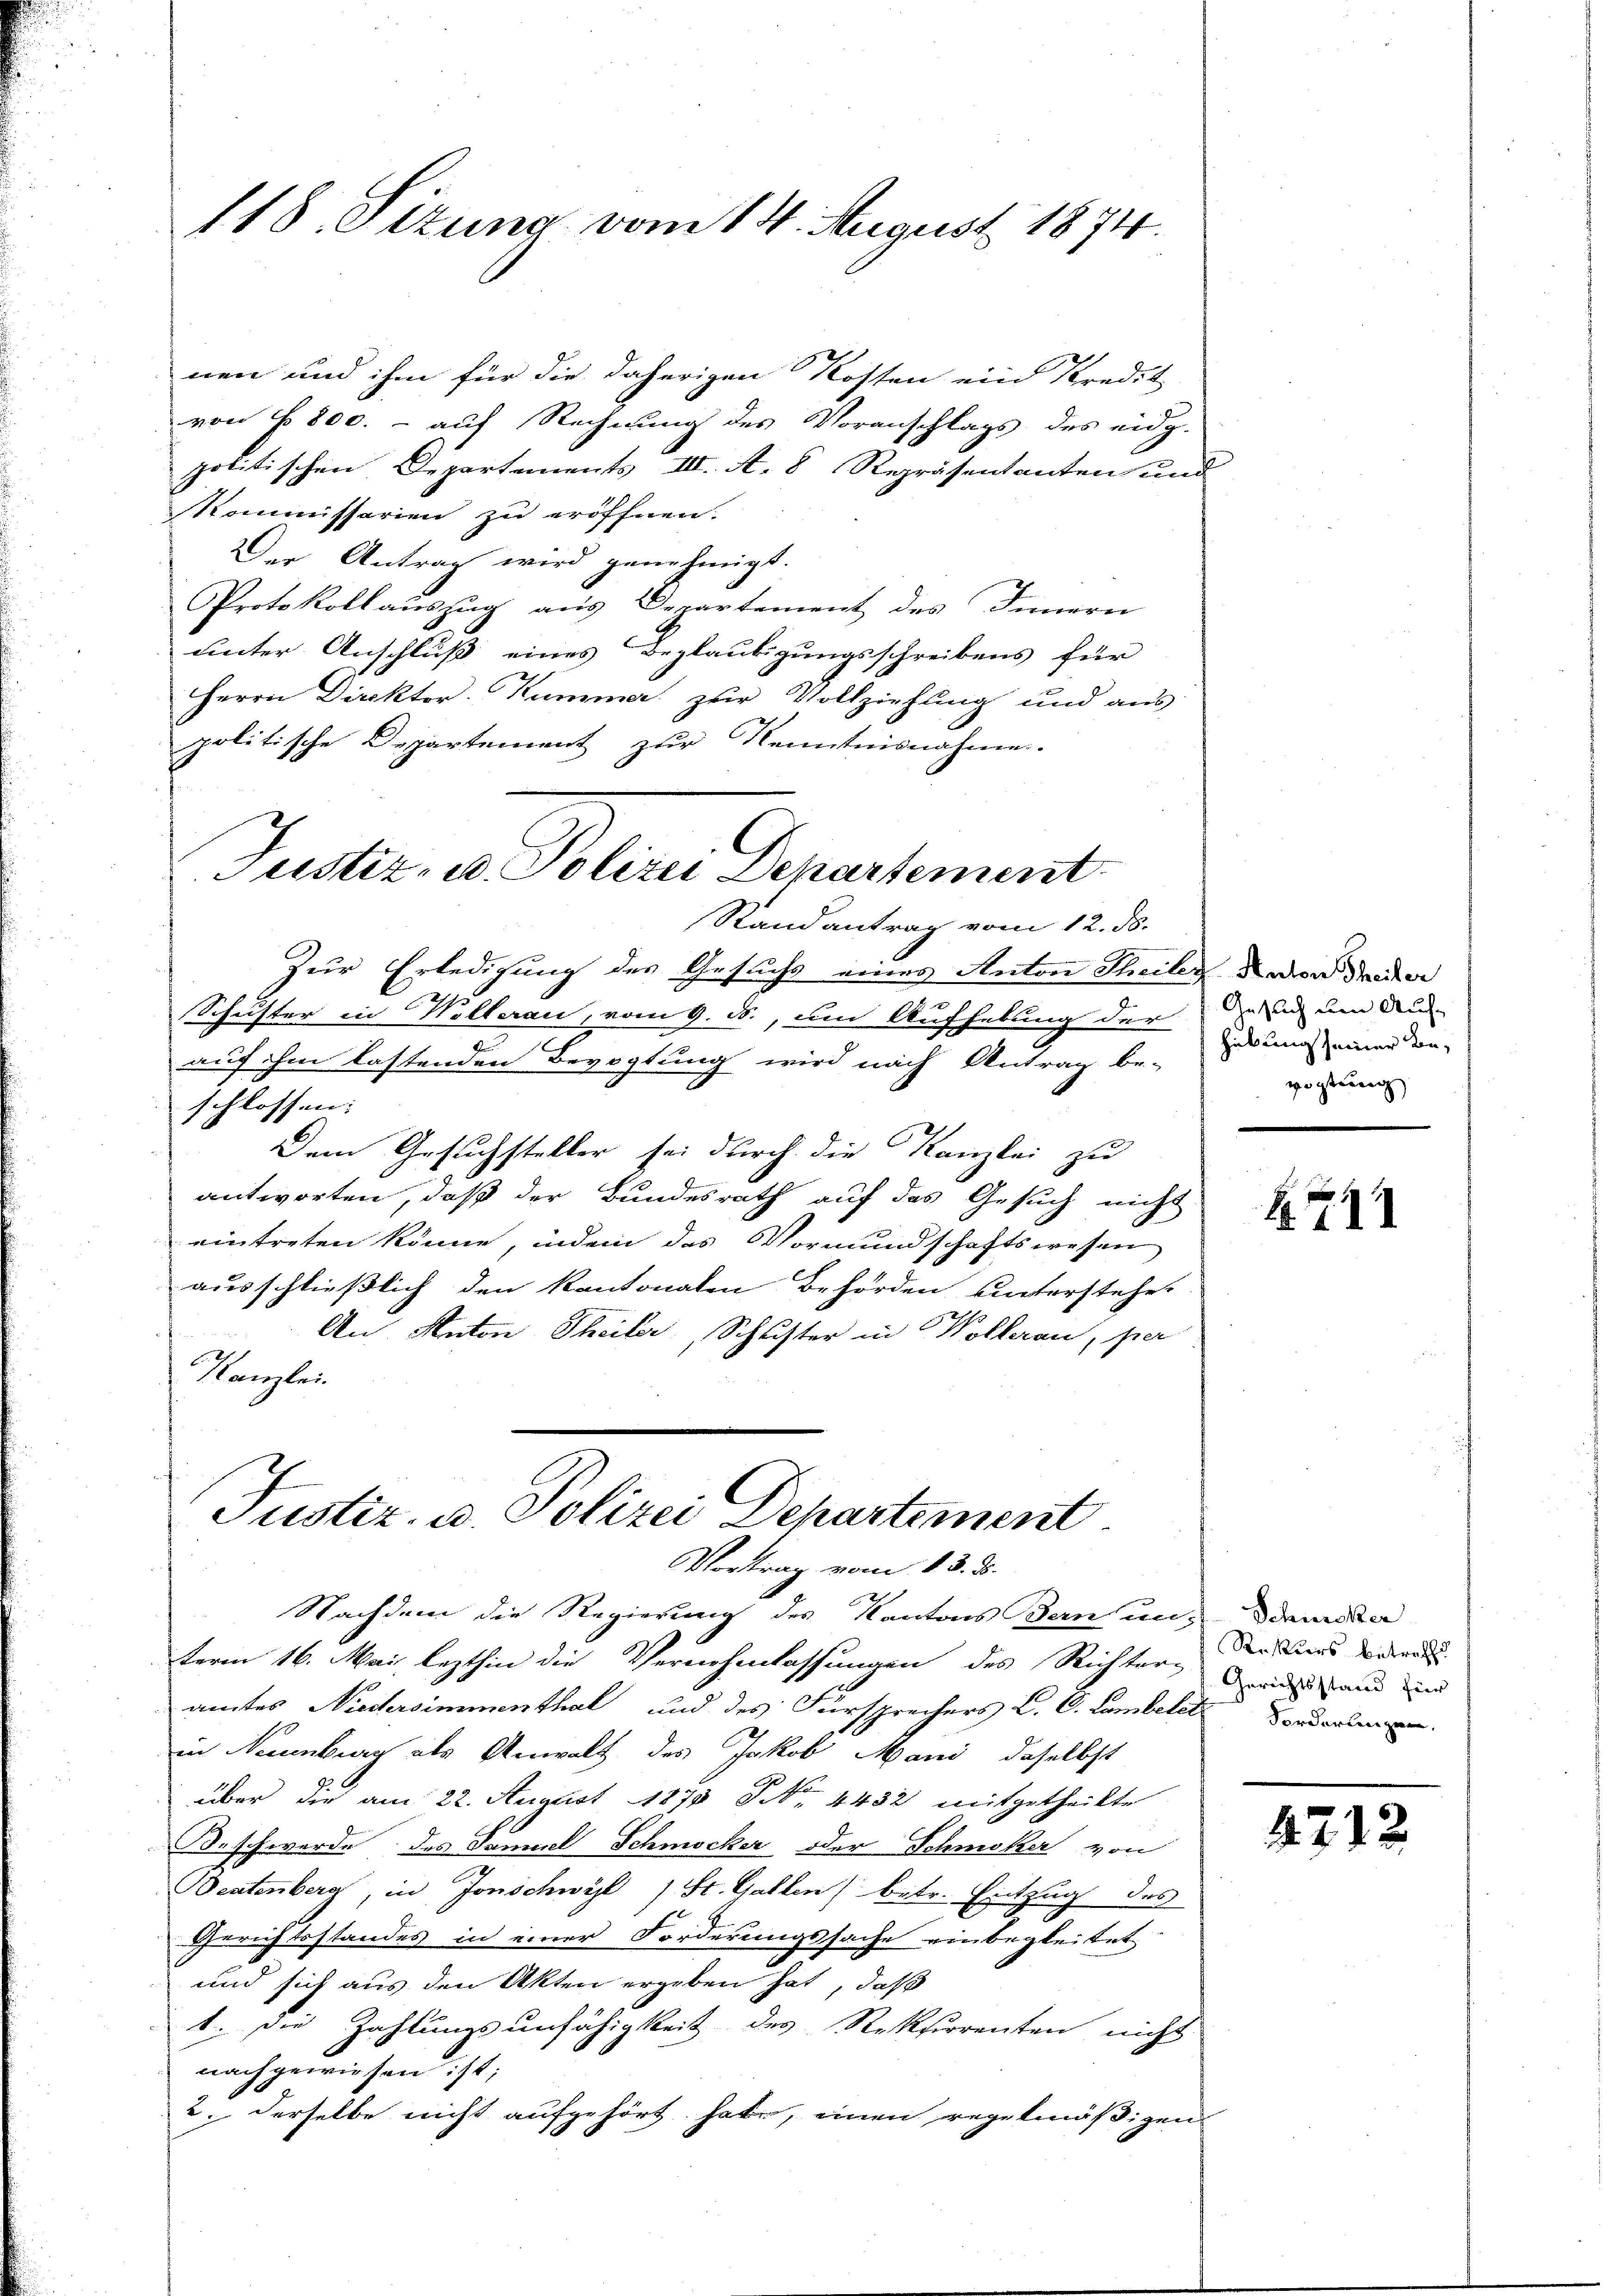
118. Sizung vom 14. August 1874.

nen und ihm für die daherigen Kosten ein Kredit
von No 800. - auf Rechnung des Voranschlags des eidg.
politischen Departements III. A. 8 Repräsentanten und
Kommissarien zu eröffnen.
Der Antrag wird genehmigt.
Protokollauszug aus Departement des Innern
unter Anschluß eines Beglaubigungsschreibens für
Herrn Direktor. Kumme zur Vollziehung und aus
politische Departement zur Kenntnisnahme.
Randantrag vom 12. ds.
Zur Erledigung des Gesuchs eines Anton Theiler davon de da
Schuster in Wollerau, vom 9. ds., um Aufhebung der dann um Au
auf ihm lastenden Bevogtung wird nach Antrag be-
schlossen:
Dem Gesuchsteller sei durch die Kanzlei zu
antworten, daß der Bundesrath auf das Gesuch nicht
eintreten könne, indem das Vormundschaftswesen
ausschließlich den kantonalen Behörden unterstehet
An Anton Theiler, Schuster in Wollerau, per
Kanzlei.

Justiz, u. Polizei Departement

Justiz- u. Polizei Departement
Vortrag vom 13. ds.

Nachdem die Regierung des Kantons Bern un¬ Drundla
term 16. Mai, lezthin die Vernehmlassungen des Richtung wie und und
amtes Niedersimmenthal und des Fürsprechers L. C. Lambelst Vorderlangen.
in Neuenburg als Anwalt des Jakob Mani, daselbst
über die am 22. August 1878 S. 4432 mitgetheilte
Beschwerde des Samuel Schmocker oder Schmoker von
Wentenberg, in Jonschwyl ) St. Gallen) betr. Entzug des
Gerichtsstandes in einer Forderungssache einbegleitet
und sich aus den Akten ergeben hat, daß
1. die Zahlungsunfähigkeit des Rekurrenten nicht
nachgewiesen ist;
2. derselbe nicht aufgehört habe, einen regelmäßigen

hübung seiner Beröstung

242

Rekurs betreff

4212